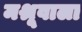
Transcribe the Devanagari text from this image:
मश्रूवाला